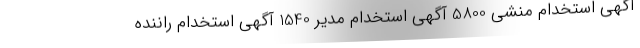
آگهی استخدام منشی 5800 آگهی استخدام مدیر 1540 آگهی استخدام راننده